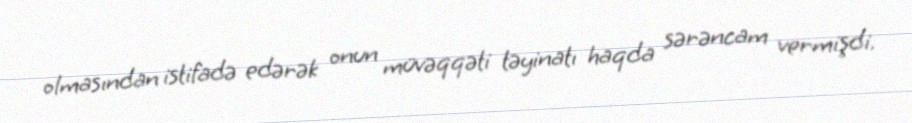
olmasından istifadə edərək onun müvəqqəti təyinatı haqda sərəncam vermişdi.